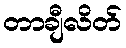
တာချီလိတ်